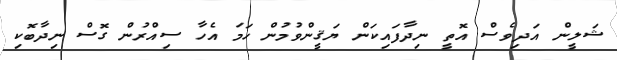
ޝަލީން އަދިވެސް އޮތީ ނިދާފައިކަން ޔަޤީންވުމުން ހަމަ އެހާ ސިއްރުން ގޮސް ނިދާބޮކި